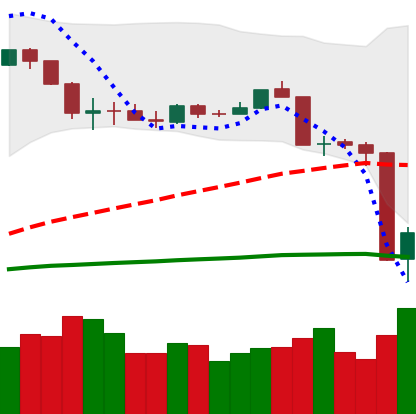
Ticker: ETH-USD
Chart end date: 2020-03-13
Forward return: -13.783%
Label: down_7plus